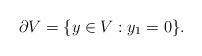
LaTeX: \begin{align*}\partial V = \{ y \in V : y_1 = 0 \}.\end{align*}